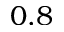
0 . 8